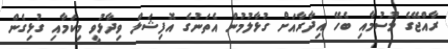
ރާއްޖޭގެ މޫސުމާއި ބެހޭ އިދާރާއަށް ގުޅާލުމުން އެތަނުގެ އޮފިޝަލް ވިދާޅުވީ މިކަމާއި ގުޅިގެން